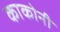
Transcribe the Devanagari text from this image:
काकोनी